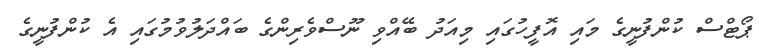
ޕޯޓްސް ކުންފުނީގެ މައި އޮފީހުގައި މިއަދު ބޭއްވި ނޫސްވެރިންގެ ބައްދަލުވުމުގައި އެ ކުންފުނީގެ